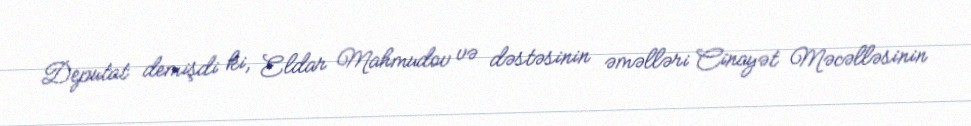
Deputat demişdi ki, Eldar Mahmudov və dəstəsinin əməlləri Cinayət Məcəlləsinin